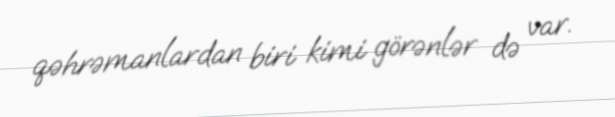
qəhrəmanlardan biri kimi görənlər də var.